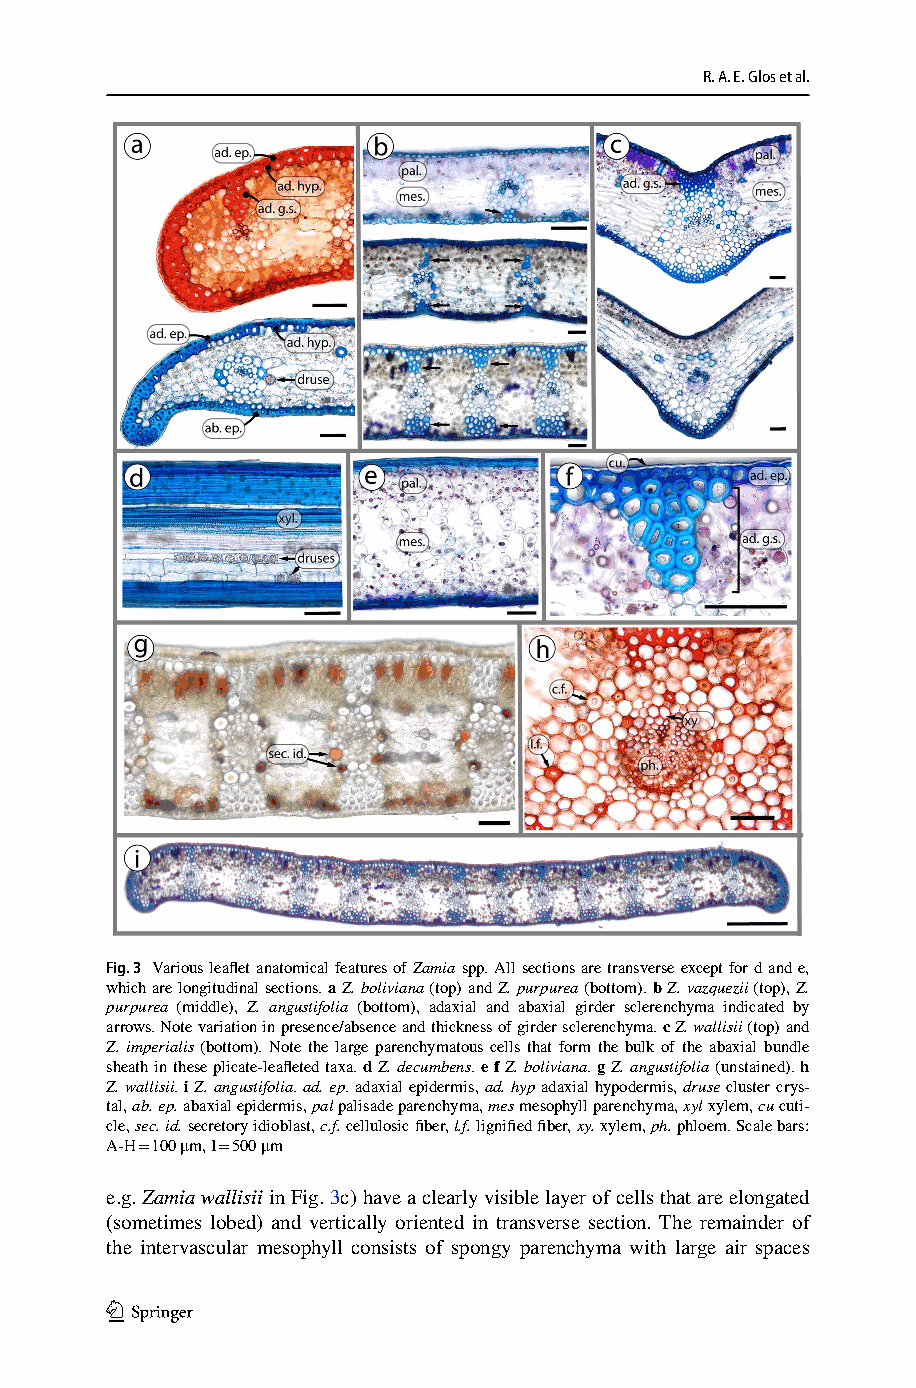
R. A. E. Glos et al.
 Fig. 3 Various leaflet anatomical features of Zamia spp. All sections are transverse except for d and e,
 which are longitudinal sections. a Z. boliviana (top) and Z. purpurea (bottom). b Z. vazquezii (top), Z.
 purpurea (middle), Z. angustifolia (bottom), adaxial and abaxial girder sclerenchyma indicated by
 arrows. Note variation in presence/absence and thickness of girder sclerenchyma. c Z. wallisii (top) and
 Z. imperialis (bottom). Note the large parenchymatous cells that form the bulk of the abaxial bundle
 sheath in these plicate-leafleted taxa. d Z. decumbens. e f Z. boliviana. g Z. angustifolia (unstained). h
 Z. wallisii. i Z. angustifolia. ad. ep. adaxial epidermis, ad. hyp adaxial hypodermis, druse cluster crys-
 tal, ab. ep. abaxial epidermis, pal palisade parenchyma, mes mesophyll parenchyma, xyl xylem, cu cuti-
 cle, sec. id. secretory idioblast, c.f. cellulosic fiber, l.f. lignified fiber, xy. xylem, ph. phloem. Scale bars:
 A-H = 100 μm, I = 500 μm
 e.g. Zamia wallisii in Fig. 3c) have a clearly visible layer of cells that are elongated
 (sometimes lobed) and vertically oriented in transverse section. The remainder of
 the intervascular mesophyll consists of spongy parenchyma with large air spaces
 1 3